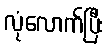
လုံလောက်ပြီး